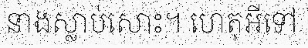
នាងស្លាប់សោះ។ ហេតុអីទៅ